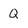
Character: Q